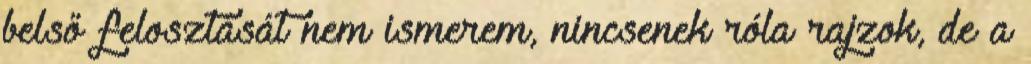
belső felosztását nem ismerem, nincsenek róla rajzok, de a